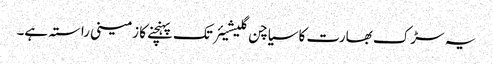
یہ سڑک بھارت کا سیاچن گلیشیئر تک پہنچنے کا زمینی راستہ ہے۔